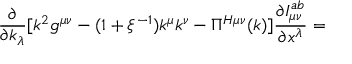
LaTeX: \frac { \partial } { \partial k _ { \lambda } } [ k ^ { 2 } g ^ { \mu \nu } - ( 1 + \xi ^ { - 1 } ) k ^ { \mu } k ^ { \nu } - \Pi ^ { H \mu \nu } ( k ) ] \frac { \partial I _ { \mu \nu } ^ { a b } } { \partial x ^ { \lambda } } =